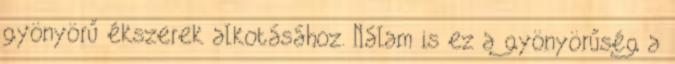
gyönyörű ékszerek alkotásához. Nálam is ez a gyönyörűség a